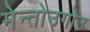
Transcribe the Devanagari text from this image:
मेन्तोउगोउ